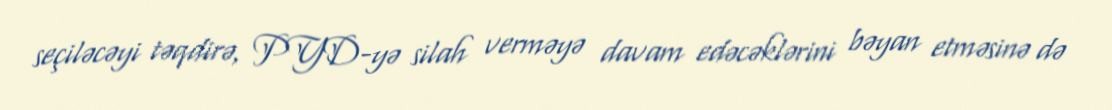
seçiləcəyi təqdirə, PYD-yə silah verməyə davam edəcəklərini bəyan etməsinə də